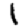
Digit: 1